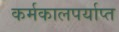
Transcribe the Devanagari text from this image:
कर्मकालपर्याप्त